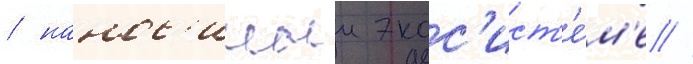
/ нанос'имыи экос'ист'е́м'е //